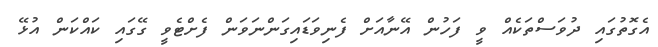
އެގޮތުގައި ދުވަސްތަކެއް ވީ ފަހުން އޭނާއަށް ފެނިވަޑައިގަންނަވަން ފެށްޓެވީ ގޭގައި ކައްކަން އުޅޭ